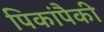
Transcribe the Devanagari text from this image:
पिकांपैकी